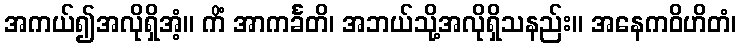
အကယ်၍အလိုရှိအံ့။ ကိံ အာကင်္ခတိ၊ အဘယ်သို့အလိုရှိသနည်း။ အနေကဝိဟိတံ၊